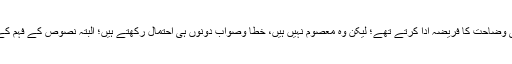
یعنی لوگوں کے سامنے مرادِ باری تعالیٰ واضح کریں؛ چنانچہ ائمہ مجتہدین بھی یہی وضاحت کا فریضہ ادا کرتے تھے؛ لیکن وہ معصوم نہیں ہیں، خطا وصواب دونوں ہی احتمال رکھتے ہیں؛ البتہ نصوص کے فہم کے لیے جو منہج انھوں نے اختیار کیا ہے، وہ شریعت کے درست فہم تک پہنچاتا ہے۔